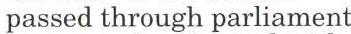
passed through parliament